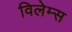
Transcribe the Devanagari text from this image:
विलेम्स